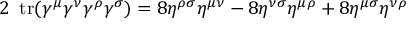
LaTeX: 2 \ \operatorname { t r } ( \gamma ^ { \mu } \gamma ^ { \nu } \gamma ^ { \rho } \gamma ^ { \sigma } ) = 8 \eta ^ { \rho \sigma } \eta ^ { \mu \nu } - 8 \eta ^ { \nu \sigma } \eta ^ { \mu \rho } + 8 \eta ^ { \mu \sigma } \eta ^ { \nu \rho }